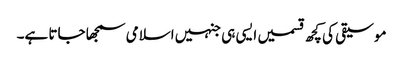
موسیقی کی کچھ قسمیں ایسی ہی جنہیں اسلامی سمجھا جاتا ہے۔